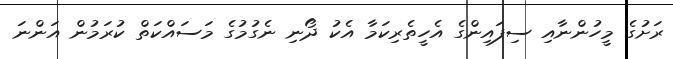
ރަށުގެ މީހުންނާއި ސިފައިންގެ އެހީތެރިކަމާ އެކު ދޯނި ނެގުމުގެ މަސައްކަތް ކުރަމުން އަންނަ